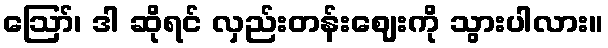
ဪ၊ ဒါ ဆိုရင် လှည်းတန်းဈေးကို သွားပါလား။